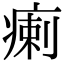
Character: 瘌